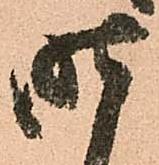
昨